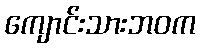
ကျောင်းသားဘဝက